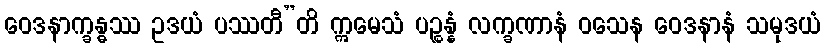
ဝေဒနာက္ခန္ဓဿ ဥဒယံ ပဿတီ”တိ ဣမေသံ ပဉ္စန္နံ လက္ခဏာနံ ဝသေန ဝေဒနာနံ သမုဒယံ